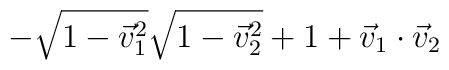
-\sqrt{1-{\vec{v}_1}^2}\sqrt{1-{\vec{v}_2}^2} + 1 + \vec{v}_1 \cdot \vec{v}_2